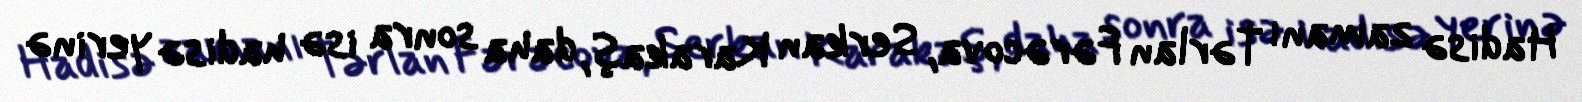
Hadisə zamanı Tərlan Fərəcova, Serkan Karakaş, daha sonra isə hadisə yerinə